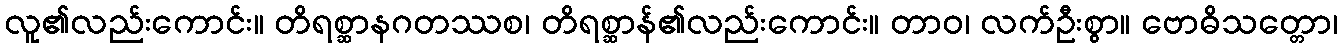
လူ၏လည်းကောင်း။ တိရစ္ဆာနဂတဿစ၊ တိရစ္ဆာန်၏လည်းကောင်း။ တာဝ၊ လက်ဦးစွာ။ ဗောဓိသတ္တော၊